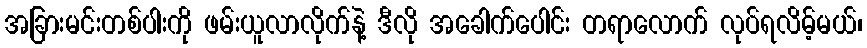
အခြားမင်းတစ်ပါးကို ဖမ်းယူလာလိုက်နဲ့ ဒီလို အခေါက်ပေါင်း တရာလောက် လုပ်ရလိမ့်မယ်၊